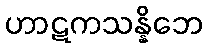
ဟာဋကသန္နိဘေ